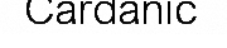
Cardanic